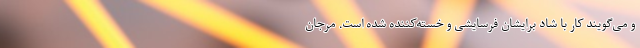
و می‌گویند کار با شاد برایشان فرسایشی و خسته‌کننده شده است. مرجان